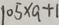
1 0 5 \times a + 1